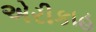
એરીકાહ